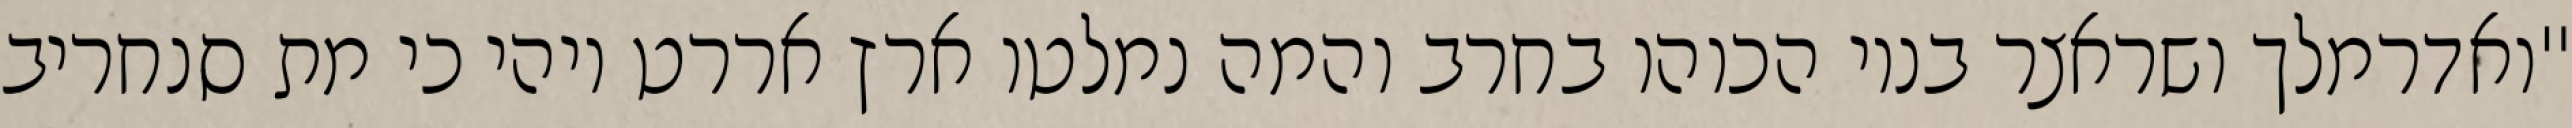
"ואדרמלך ושראצר בניו הכוהו בחרב והמה נמלטו ארץ אררט ויהי כי מת סנחריב